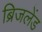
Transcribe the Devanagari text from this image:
ब्रिजलेंड